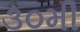
૩૦મી